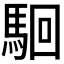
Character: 𩢱